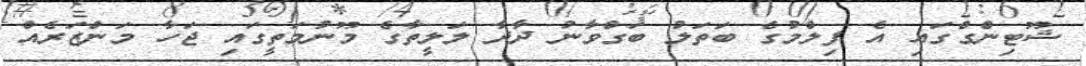
ޝޫޓިންގްގައި އެ ފިލްމުގެ ބަތަލު ބަގްވާނު ދާދާ ލަލީތާގެ މޫނުމަތީގައި ޖަހާ މަންޒަރެއް